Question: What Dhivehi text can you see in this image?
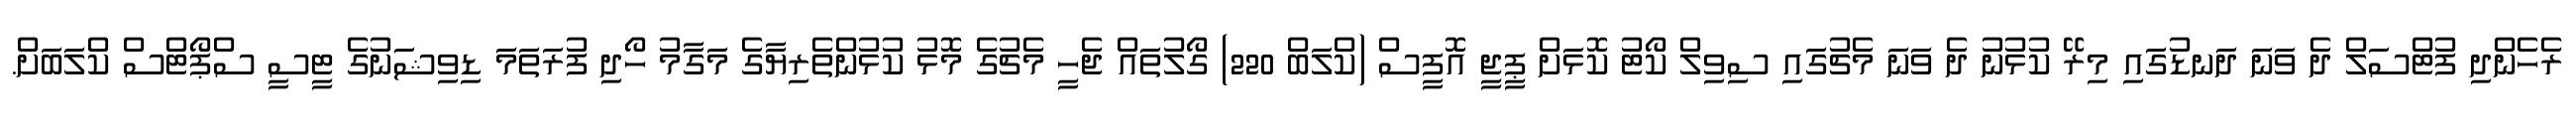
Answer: ރެހެންދި ފުޓްސަލް ދެ ވަނަ ދަނޑުގައި މިރޭ ކުޅުނު ދެ ވަނަ މެޗުގައި ސިވިލް ކޯޓު ކޮޅަށް ޕީޖީ އޮފީސް (ކްލަބް 220) ގޯލުތައް ޖެހީ މެޗުގެ މޮޅު ކުޅުންތެރިޔާގެ މަގާމު ހޯދި ފުރަތަމަ ޑިވިޝަނުގެ ޓީސީ ސްޕޯޓްސް ކްލަބަށް.